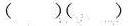
（）（）